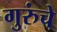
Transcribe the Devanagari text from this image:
गुरुंचे